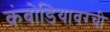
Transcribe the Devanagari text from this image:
कंबोडियावरची